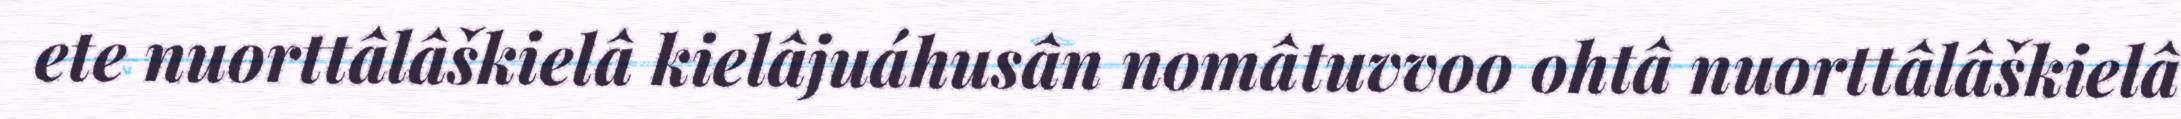
ete nuorttâlâškielâ kielâjuáhusân nomâtuvvoo ohtâ nuorttâlâškielâ